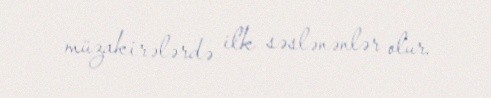
müzakirələrdə ilk səslənənlər olur.